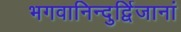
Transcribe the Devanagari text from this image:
भगवानिन्दुर्द्विजानां